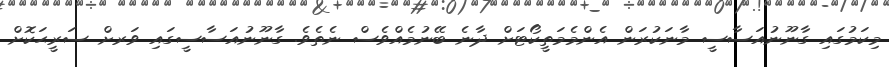
މިކަމުގައި ގާނޫނުއަސާސީ މާނަކުރަން އެންމެމަތީކޯޓަށް ދާނެ ބޭނުމެއްވެސް ނެތެވެ. ގާނޫނުއަސާސީގައި ވަރށް ސަރީޙަކޮށް